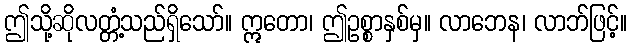
ဤသို့ဆိုလတ္တံ့သည်ရှိသော်။ ဣတော၊ ဤဥစ္စာနှစ်မှ။ လာဘေန၊ လာဘ်ဖြင့်။